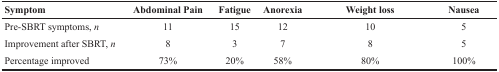
| Symptom | Abdominal Pain | Fatigue | Anorexia | Weight loss | Nausea |
 | --- | --- | --- | --- | --- | --- |
 | Pre-SBRT symptoms, n | 11 | 15 | 12 | 10 | 5 |
 | Improvement after SBRT, n | 8 | 3 | 7 | 8 | 5 |
 | Percentage improved | 73% | 20% | 58% | 80% | 100% |